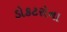
ડોકટરોના